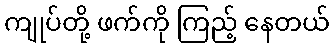
ကျုပ်တို့ ဖက်ကို ကြည့် နေတယ်